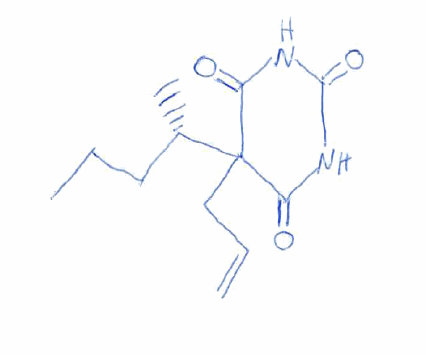
Simplified molecular-input line-entry system (SMILES) notation of the given molecule:
CCC[C@H](C)C1(C(=O)NC(=O)NC1=O)CC=C